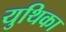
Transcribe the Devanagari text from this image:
युथिका